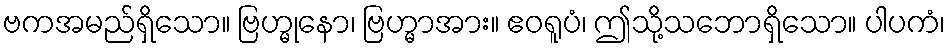
ဗကအမည်ရှိသော။ ဗြဟ္မုနော၊ ဗြဟ္မာအား။ ဧဝရူပံ၊ ဤသို့သဘောရှိသော။ ပါပကံ၊